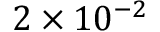
2 \times 1 0 ^ { - 2 }